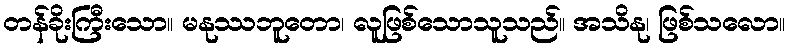
တန်ခိုးကြီးသော။ မနုဿဘူတော၊ လူဖြစ်သောသူသည်။ အသိနု၊ ဖြစ်သလော။